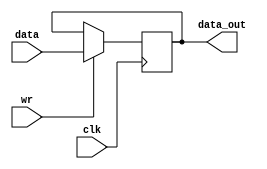
module reg7(clk, wr, data, data_out);

input wire clk;
input wire [6:0] data;
input wire wr;
output reg [6:0] data_out;

initial begin
	data_out <= 7'd0;
end

always @ (posedge clk) begin
	if (wr==1) begin
		data_out <= data;
	end
end

endmodule